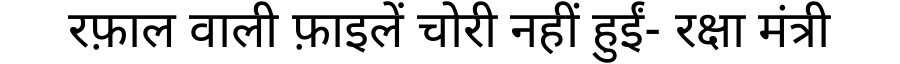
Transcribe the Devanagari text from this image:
रफ़ाल वाली फ़ाइलें चोरी नहीं हुईं- रक्षा मंत्री